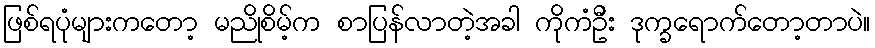
ဖြစ်ရပုံများကတော့ မညိုစိမ့်က စာပြန်လာတဲ့အခါ ကိုကံဦး ဒုက္ခရောက်တော့တာပဲ။